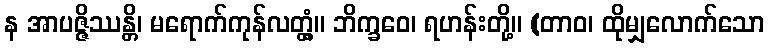
န အာပဇ္ဇိဿန္တိ၊ မရောက်ကုန်လတ္တံ့။ ဘိက္ခဝေ၊ ရဟန်းတို့။ (တာဝ၊ ထိုမျှလောက်သော